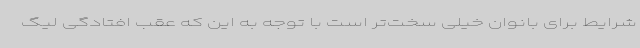
شرایط برای بانوان خیلی سخت‌تر است با توجه به این که عقب افتادگی لیگ